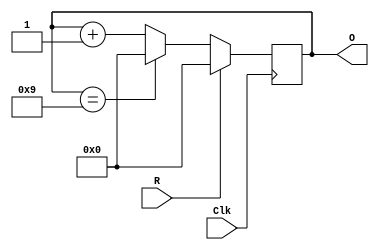
`timescale 1ns / 1ps
//////////////////////////////////////////////////////////////////////////////////
// Company:
// Engineer:
//
// Design Name:
// Module Name:    Counter
// Project Name:
// Target Devices:
// Tool versions:
// Description:
//
// Dependencies:
//
// Revision:
// Revision 0.01 - File Created
// Additional Comments:
//
//////////////////////////////////////////////////////////////////////////////////
module counter_1digit(
    input R,
    input Clk,
    output [3:0] O
    );

	reg [3:0] Output;
	assign O = Output;

	always @(posedge Clk) begin
		if (!R) begin
			  if (Output == 9) begin
					Output <= 0;
			  end
			  else begin
				 Output <= Output + 1;
			  end
		end
		else begin
			Output <= 0;
		end
	end

endmodule